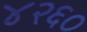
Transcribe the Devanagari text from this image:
४२६०